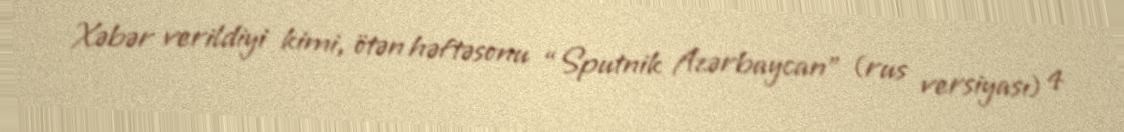
Xəbər verildiyi kimi, ötən həftəsonu “Sputnik Azərbaycan” (rus versiyası) 4